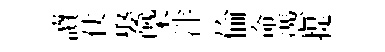
讀仗娶槩泮倫命慿提